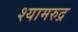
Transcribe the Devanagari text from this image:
श्यामरुद्र